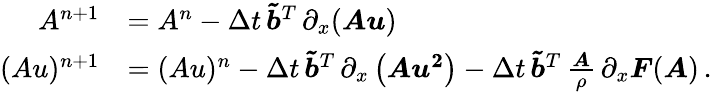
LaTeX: \begin{array}{rl}{A^{n+1}}&{=A^{n}-\Delta t\, \boldsymbol{\tilde{b}}^{T}\, \partial_{x}(\boldsymbol{Au})}\\ {(Au)^{n+1}}&{=(Au)^{n}-\Delta t\, \boldsymbol{\tilde{b}}^{T}\, \partial_{x}\left(\boldsymbol{Au^{2}}\right)-\Delta t\, \boldsymbol{\tilde{b}}^{T}\, \frac{\boldsymbol{A}}{\rho}\, \partial_{x}\boldsymbol{F}(\boldsymbol{A})\, .}\end{array}